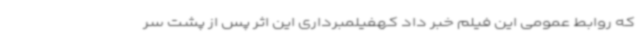
که روابط عمومی این فیلم خبر داد کهفیلمبرداری این اثر پس از پشت سر